Scientific memoirs by medical officers of the Army of India - Part III,
Year: 1887
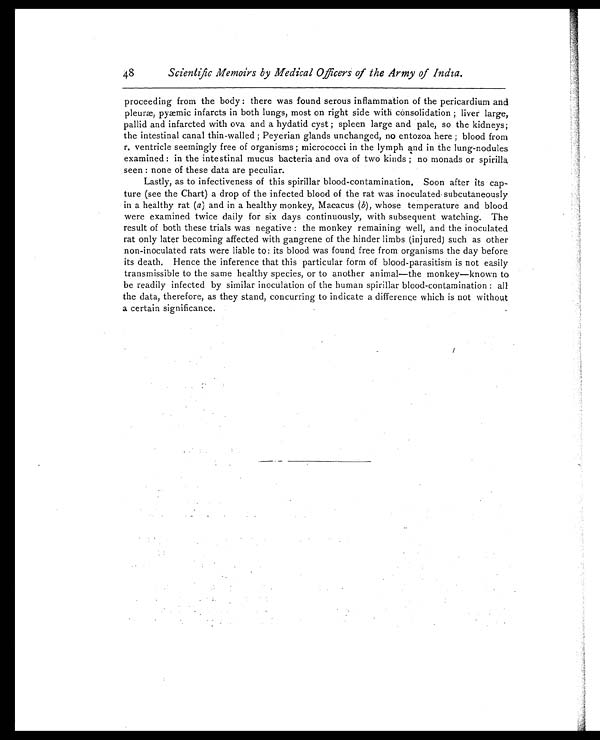
48 Scientific Memoirs by Medical Officers of the Army of India.
proceeding from the body: there was found serous inflammation of the pericardium and
pleuræ, pyæmic infarcts in both lungs, most on right side with consolidation; liver large,
pallid and infarcted with ova and a hydatid cyst; spleen large and pale, so the kidneys;
the intestinal canal thin-walled; Peyerian glands unchanged, no entozoa here; blood from
r. ventricle seemingly free of organisms; micrococci in the lymph and in the lung-nodules
examined: in the intestinal mucus bacteria and ova of two kinds; no monads or spirilla
seen: none of these data are peculiar.
Lastly, as to infectiveness of this spirillar blood-contamination. Soon after its cap
-ture (see the Chart) a drop of the infected blood of the rat was inoculated subcutaneously
in a healthy rat ( a) and in a healthy monkey, Macacus ( b), whose temperature and blood
were examined twice daily for six days continuously, with subsequent watching. The
result of both these trials was negative: the monkey remaining well, and the inoculated
rat only later becoming affected with gangrene of the hinder limbs (injured) such as other
non-inoculated rats were liable to: its blood was found free from organisms the day before
its death. Hence the inference that this particular form of blood-parasitism is not easily
transmissible to the same healthy species, or to another animal—the monkey—known to
be readily infected by similar inoculation of the human spirillar blood-contamination: all
the data, therefore, as they stand, concurring to indicate a difference which is not without
a certain significance.